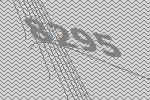
8295